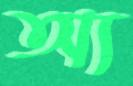
অ্য